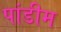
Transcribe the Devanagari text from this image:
पांडीम